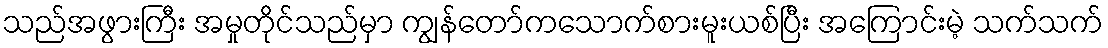
သည်အဖွားကြီး အမှုတိုင်သည်မှာ ကျွန်တော်ကသောက်စားမူးယစ်ပြီး အကြောင်းမဲ့ သက်သက်